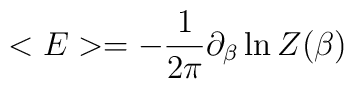
<E>=-{ 1 \over 2\pi} \partial_\beta \ln Z(\beta)